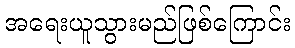
အရေးယူသွားမည်ဖြစ်ကြောင်း